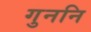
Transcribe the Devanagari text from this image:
गुननि